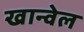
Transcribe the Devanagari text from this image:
खान्वेल